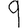
Digit: 9